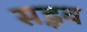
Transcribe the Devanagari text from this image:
सद्भव